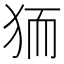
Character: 𭸄